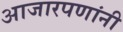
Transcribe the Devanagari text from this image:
आजारपणांनी